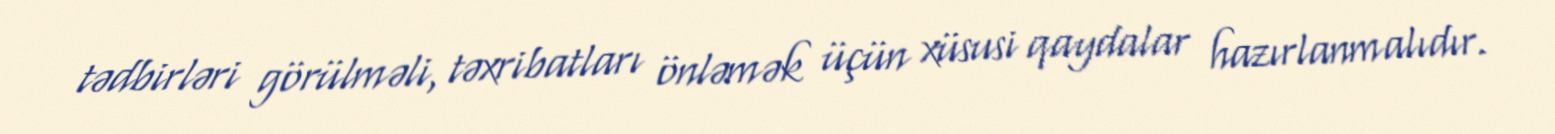
tədbirləri görülməli, təxribatları önləmək üçün xüsusi qaydalar hazırlanmalıdır.